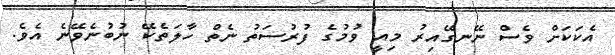
އެކަކަށް ވެސް ނޭނގޭއިރު މިއީ ވުމުގެ ފުރުސަތު ނެތް ހާލަތެކޭ ނުބުނެވޭނެ އެވެ.